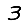
Digit: 3